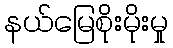
နယ်မြေစိုးမိုးမှု